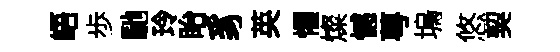
峿歩馳玲眙豸英懼燦憾萼塢悠契